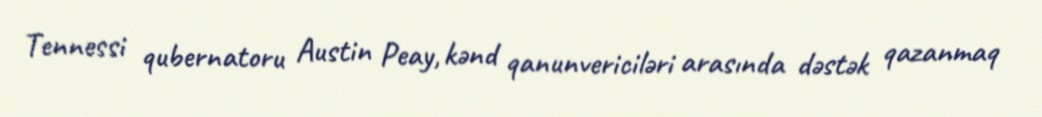
Tennessi qubernatoru Austin Peay, kənd qanunvericiləri arasında dəstək qazanmaq